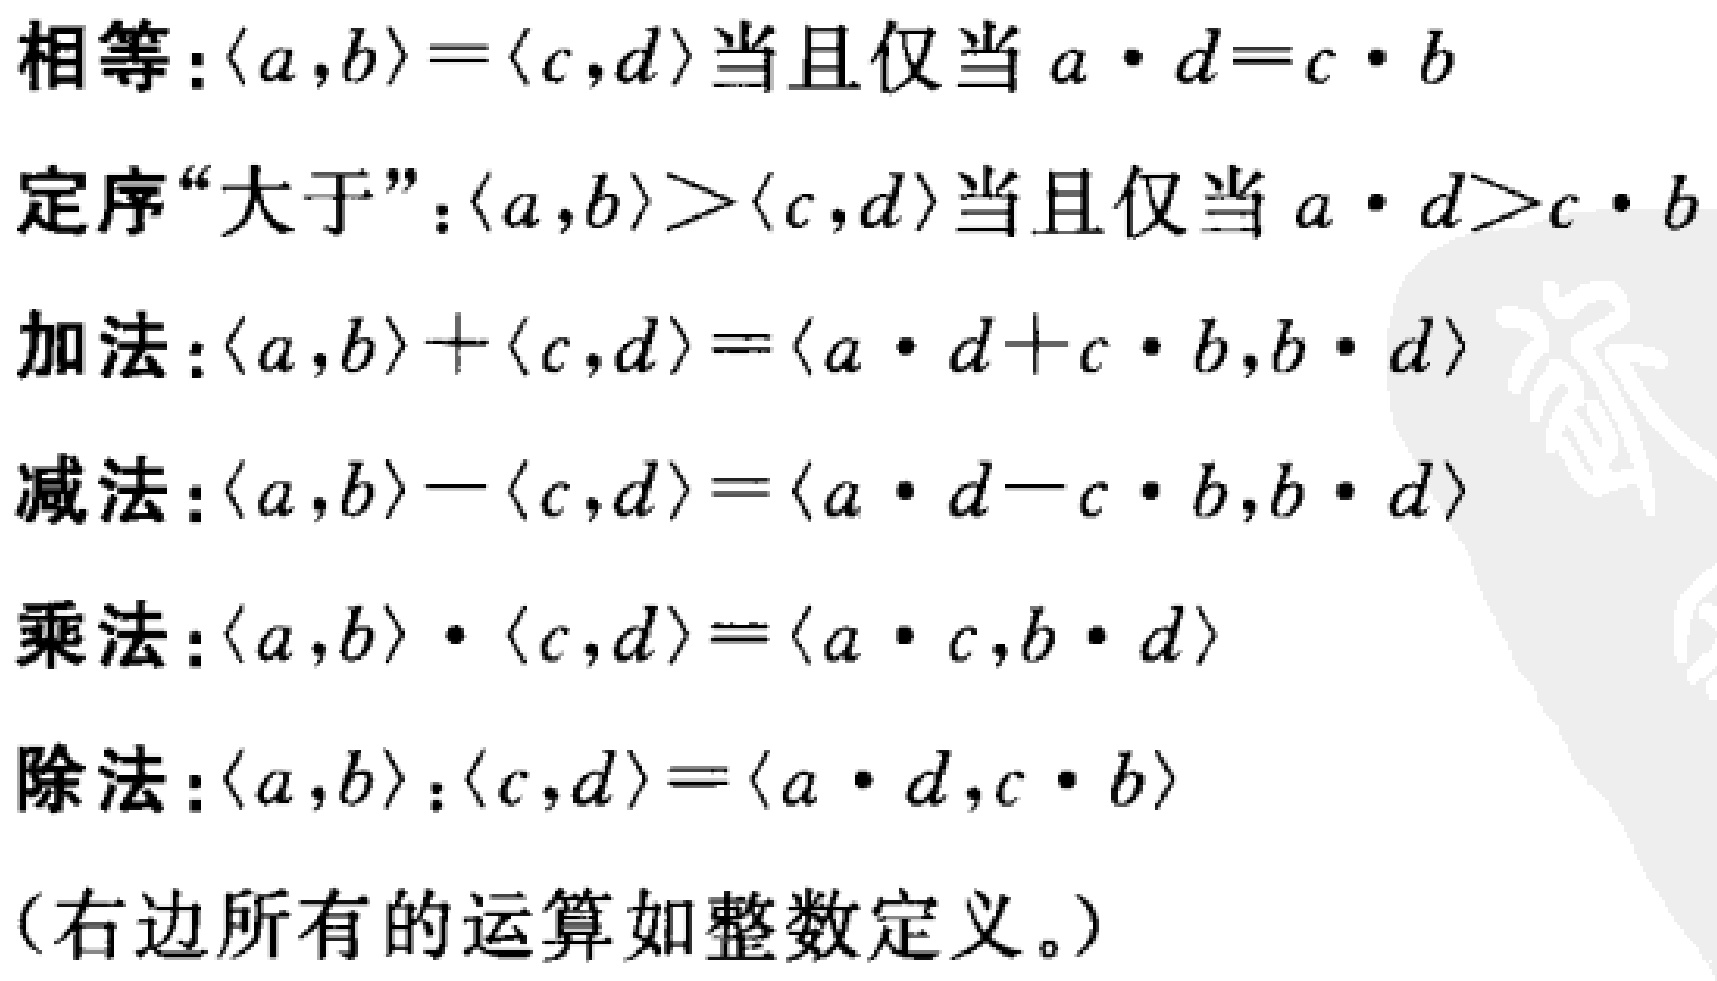
相等：$\langle a,b\rangle = \langle c,d\rangle$当且仅当$a\cdot d = c\cdot b$
定序“大于”：$\langle a,b\rangle > \langle c,d\rangle$当且仅当$a\cdot d > c\cdot b$
加法：$\langle a,b\rangle + \langle c,d\rangle = \langle a\cdot d + c\cdot b,b\cdot d\rangle$
减法：$\langle a,b\rangle - \langle c,d\rangle = \langle a\cdot d - c\cdot b,b\cdot d\rangle$
乘法：$\langle a,b\rangle \cdot \langle c,d\rangle = \langle a\cdot c,b\cdot d\rangle$
除法：$\langle a,b\rangle : \langle c,d\rangle = \langle a\cdot d,c\cdot b\rangle$
（右边所有的运算如整数定义。）